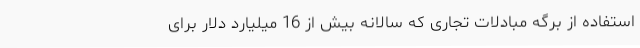
استفاده از برگه مبادلات تجاری که سالانه بیش از 16 میلیارد دلار برای